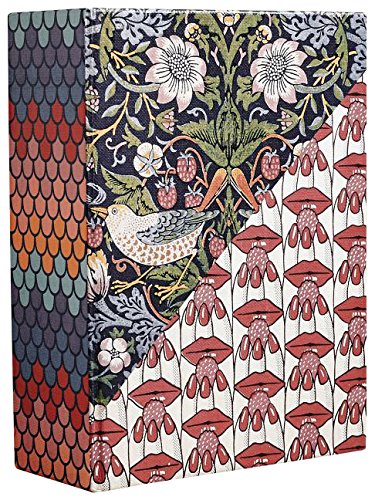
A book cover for V&A Pattern: 100 Postcards; V&A Publications; Arts & Photography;